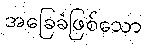
အခြေခံဖြစ်သော